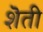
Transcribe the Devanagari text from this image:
शॆती